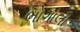
ભોગાલી